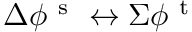
\Delta \phi ^ { \mathrm { ~ s ~ } } \leftrightarrow \Sigma \phi ^ { \mathrm { ~ t ~ } }